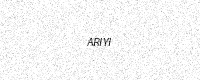
Text: ARIYI